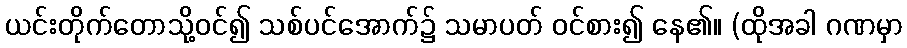
ယင်းတိုက်တောသို့ဝင်၍ သစ်ပင်အောက်၌ သမာပတ် ဝင်စား၍ နေ၏။ (ထိုအခါ ဂဏမှာ